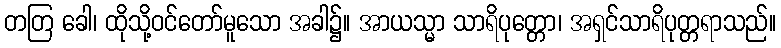
တတြ ခေါ၊ ထိုသို့ဝင်တော်မူသော အခါ၌။ အာယသ္မာ သာရိပုတ္တော၊ အရှင်သာရိပုတ္တရာသည်။